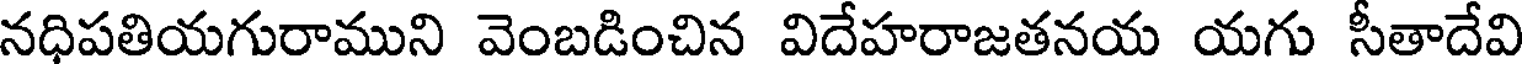
నధిపతియగురాముని వెంబడించిన విదేహరాజతనయ యగు సీతాదేవి